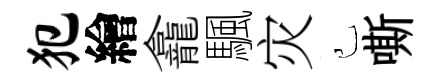
犯繪龕颿灾己嘶